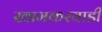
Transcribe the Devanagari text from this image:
खामकरवाडी